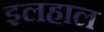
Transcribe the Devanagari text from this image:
इलहाल